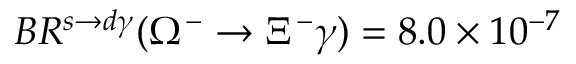
B R ^ { s \rightarrow d \gamma } ( \Omega ^ { - } \rightarrow \Xi ^ { - } \gamma ) = 8 . 0 \times 1 0 ^ { - 7 }